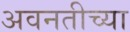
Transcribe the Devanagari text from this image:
अवनतीच्या